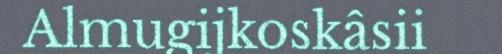
Almugijkoskâsii